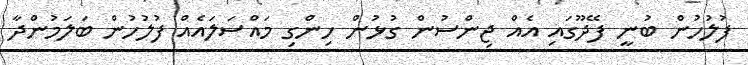
ފުލުހުން ބުނީ ފޭދޫގައި އެއް ޖިންސުން ގުޅުން ހިންގި މައްސަލައެއް ފުލުހުން ބަލަމުންދާ